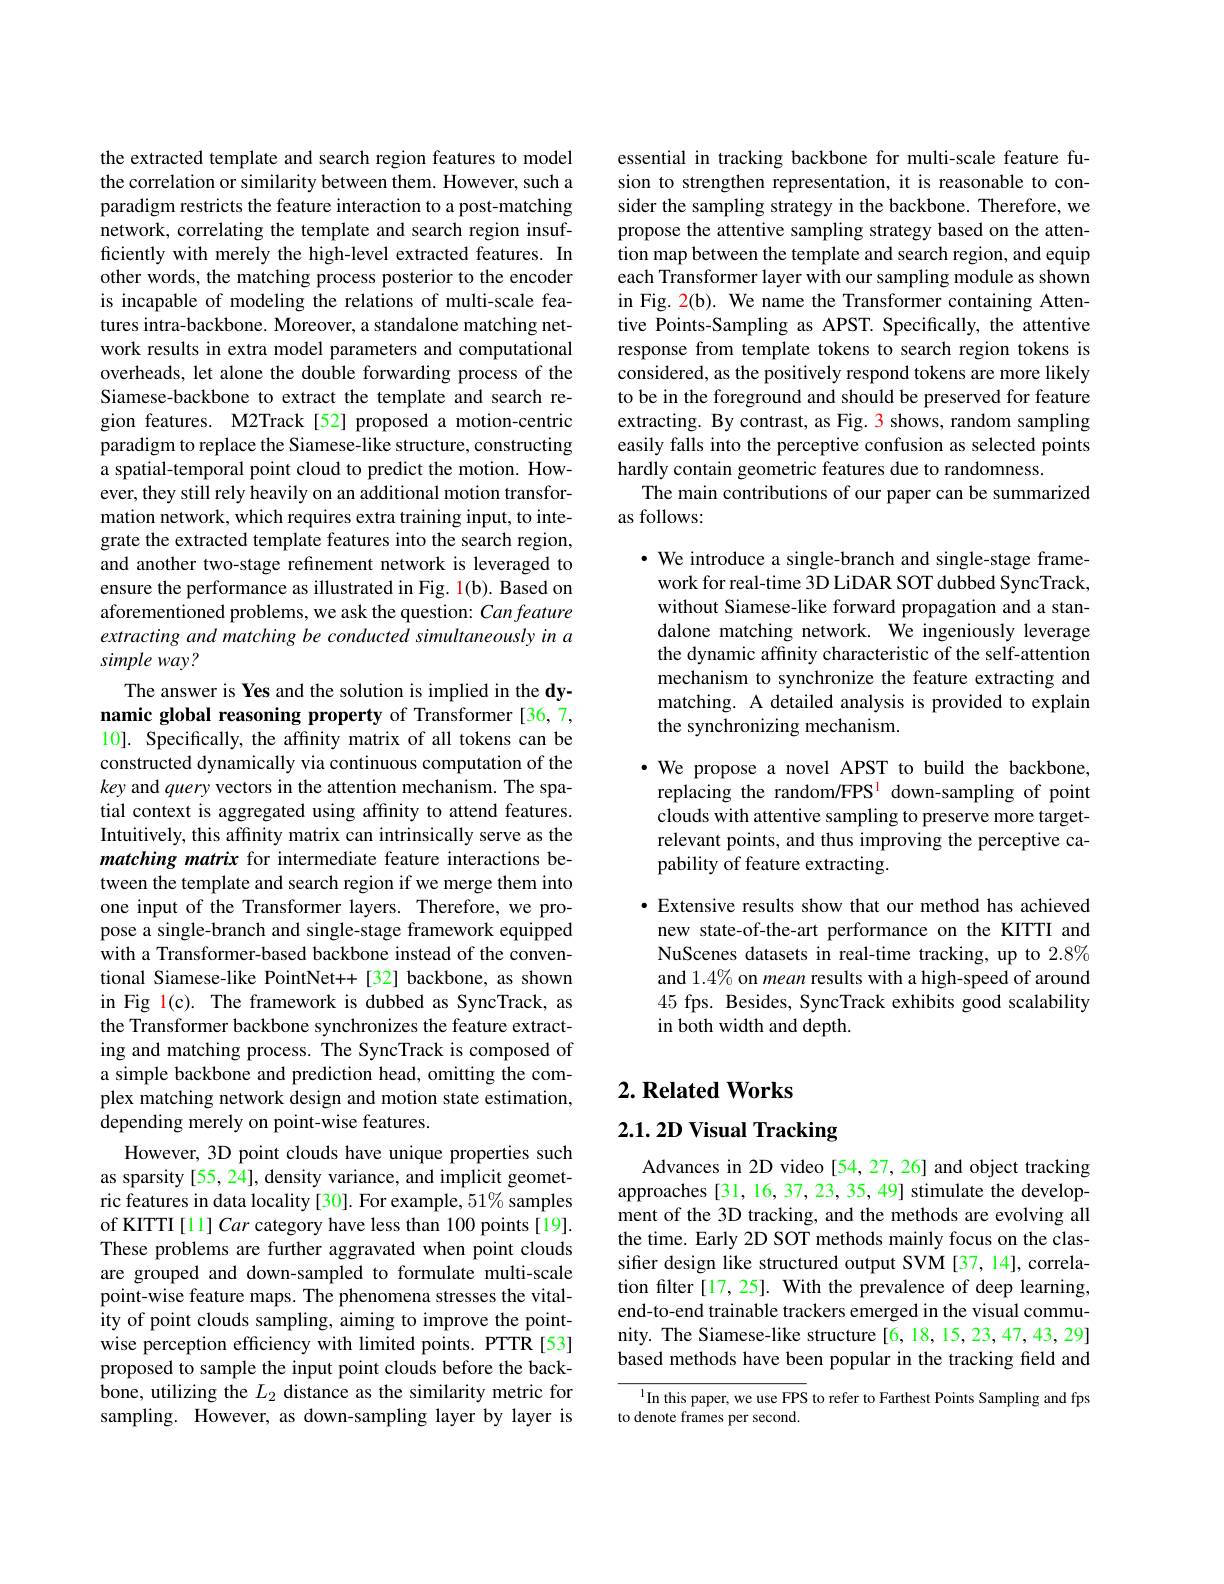
the extracted template and search region features to model the correlation or similarity between them. However, such a paradigm restricts the feature interaction to a post-matching network, correlating the template and search region insufficiently with merely the high-level extracted features. In other words, the matching process posterior to the encoder is incapable of modeling the relations of multi-scale features intra-backbone. Moreover, a standalone matching network results in extra model parameters and computational overheads, let alone the double forwarding process of the Siamese-backbone to extract the template and search region features. M2Track[52] proposed a motion-centric paradigm to replace the Siamese-like structure, constructing a spatial-temporal point cloud to predict the motion. However, they still rely heavily on an additional motion transformation network, which requires extra training input, to integrate the extracted template features into the search region, and another two-stage refinement network is leveraged to ensure the performance as illustrated in Fig. 1(b). Based on aforementioned problems, we ask the question: Can feature extracting and matching be conducted simultaneously in a simple way?
The answer is Yes and the solution is implied in the dy-

namic global reasoning property of Transformer [36,7, 10]. Specifically, the affinity matrix of all tokens can be constructed dynamically via continuous computation of the key and query vectors in the attention mechanism. The spatial context is aggregated using affinity to attend features. Intuitively, this affinity matrix can intrinsically serve as the matching matrix for intermediate feature interactions between the template and search region if we merge them into one input of the Transformer layers. Therefore, we propose a single-branch and single-stage framework equipped with a Transformer-based backbone instead of the conventional Siamese-like PointNet++[32] backbone, as shown in Fig l(c). The framework is dubbed as SyncTrack, as the Transformer backbone synchronizes the feature extracting and matching process. The SyncTrack is composed of a simple backbone and prediction head, omitting the complex matching network design and motion state estimation, depending merely on point-wise features.
However, 3D point clouds have unique properties such as sparsity [55, 24], density variance, and implicit geometric features in data locality [30]. For example, 51% samples of KITTI[1] Car category have less than 100 points[19]. These problems are further aggravated when point clouds are grouped and down-sampled to formulate multi-scale point-wise feature maps. The phenomena stresses the vitality of point clouds sampling, aiming to improve the pointwise perception efficiency with limited points. PTTR[53] proposed to sample the input point clouds before the backbone, utilizing the $L_2$ distance as the similarity metric for sampling. However, as down-sampling layer by layer is

essential in tracking backbone for multi-scale feature fusion to strengthen representation, it is reasonable to consider the sampling strategy in the backbone. Therefore, we propose the attentive sampling strategy based on the attention map between the template and search region, and equip each Transformer layer with our sampling module as shown in Fig. 2(b). We name the Transformer containing Attentive Points-Sampling as APST. Specifically, the attentive response from template tokens to search region tokens is considered, as the positively respond tokens are more likely to be in the foreground and should be preserved for feature extracting. By contrast, as Fig. 3 shows, random sampling easily falls into the perceptive confusion as selected points hardly contain geometric features due to randomness.
The main contributions of our paper can be summarized
as follows:

$\cdot$ We introduce a single-branch and single-stage framework for real-time 3D LiDAR SOT dubbed SyncTrack, without Siamese-like forward propagation and a standalone matching network. We ingeniously leverage the dynamic affinity characteristic of the self-attention mechanism to synchronize the feature extracting and matching. A detailed analysis is provided to explain the synchronizing mechanism.

$\cdot$ We propose a novel APST to build the backbone, replacing the random/FPS$^{\mathrm{l}}$ down-sampling of point clouds with attentive sampling to preserve more targetrelevant points, and thus improving the perceptive capability of feature extracting.

$\bullet$ Extensive results show that our method has achieved new state-of-the-art performance on the KITTI and NuScenes datasets in real-time tracking, up to 2.8% and 1.4% on mean results with a high-speed of around 45 fps. Besides, SyncTrack exhibits good scalability in both width and depth.

## $2. \textbf{Related Works}$

## $2.1.2D$ Visual Tracking

Advances in 2D video [54, 27, 26] and object tracking approaches [31, 16, 37, 23, 35, 49] stimulate the development of the 3D tracking, and the methods are evolving all the time. Early 2D SOT methods mainly focus on the classifier design like structured output SVM [37,14], correlation filter[17,25]. With the prevalence of deep learning, end-to-end trainable trackers emerged in the visual community. The Siamese-like structure[6,18,15,23,47,43,29] based methods have been popular in the tracking field and

In this paper, we use FPS to refer to Farthest Points Sampling and fps
to denote frames per second.